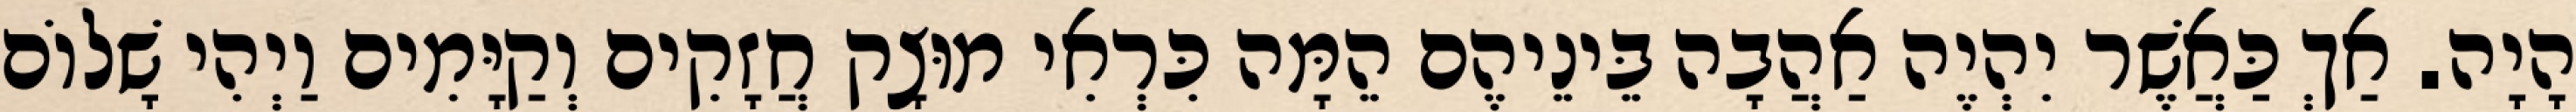
הָיָה. אַךְ כַּאֲשֶׁר יִהְיֶה אַהֲבָה בֵּינֵיהֶם הֵמָּה כִּרְאִי מוּצָק חֲזָקִים וְקַיָּמִים וַיְהִי שָׁלוֹם